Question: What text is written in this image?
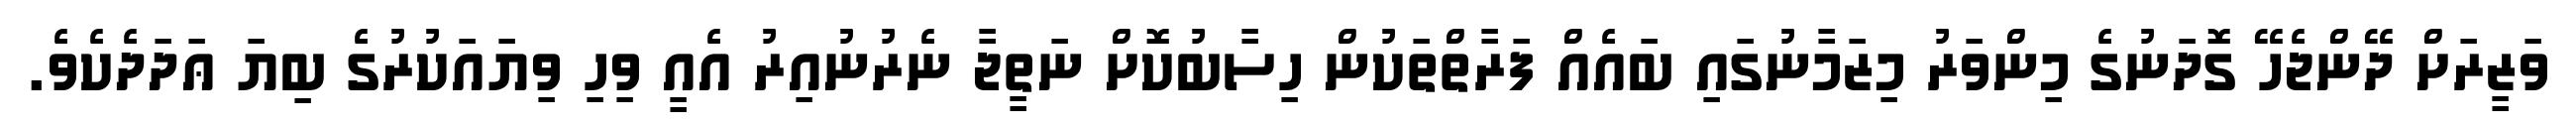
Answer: ވަޒީރަށް ދޭންޖެހޭ ގޮދަނުގެ މިންވަރު މިޒަމާނުގައި ބައެއް ފަރާތްތަކުން ހިސާބުކޮށް ނަތީޖާ ނެރުނުއިރު އެއީ ވިހި ވިޔައަކުރުގެ ބިޔަ ޢަދަދެކެވެ.